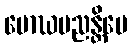
မောဃမညန္တိပေ